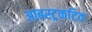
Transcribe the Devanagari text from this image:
आबस्ट्रकटिव